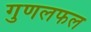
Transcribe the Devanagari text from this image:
गुणलफल